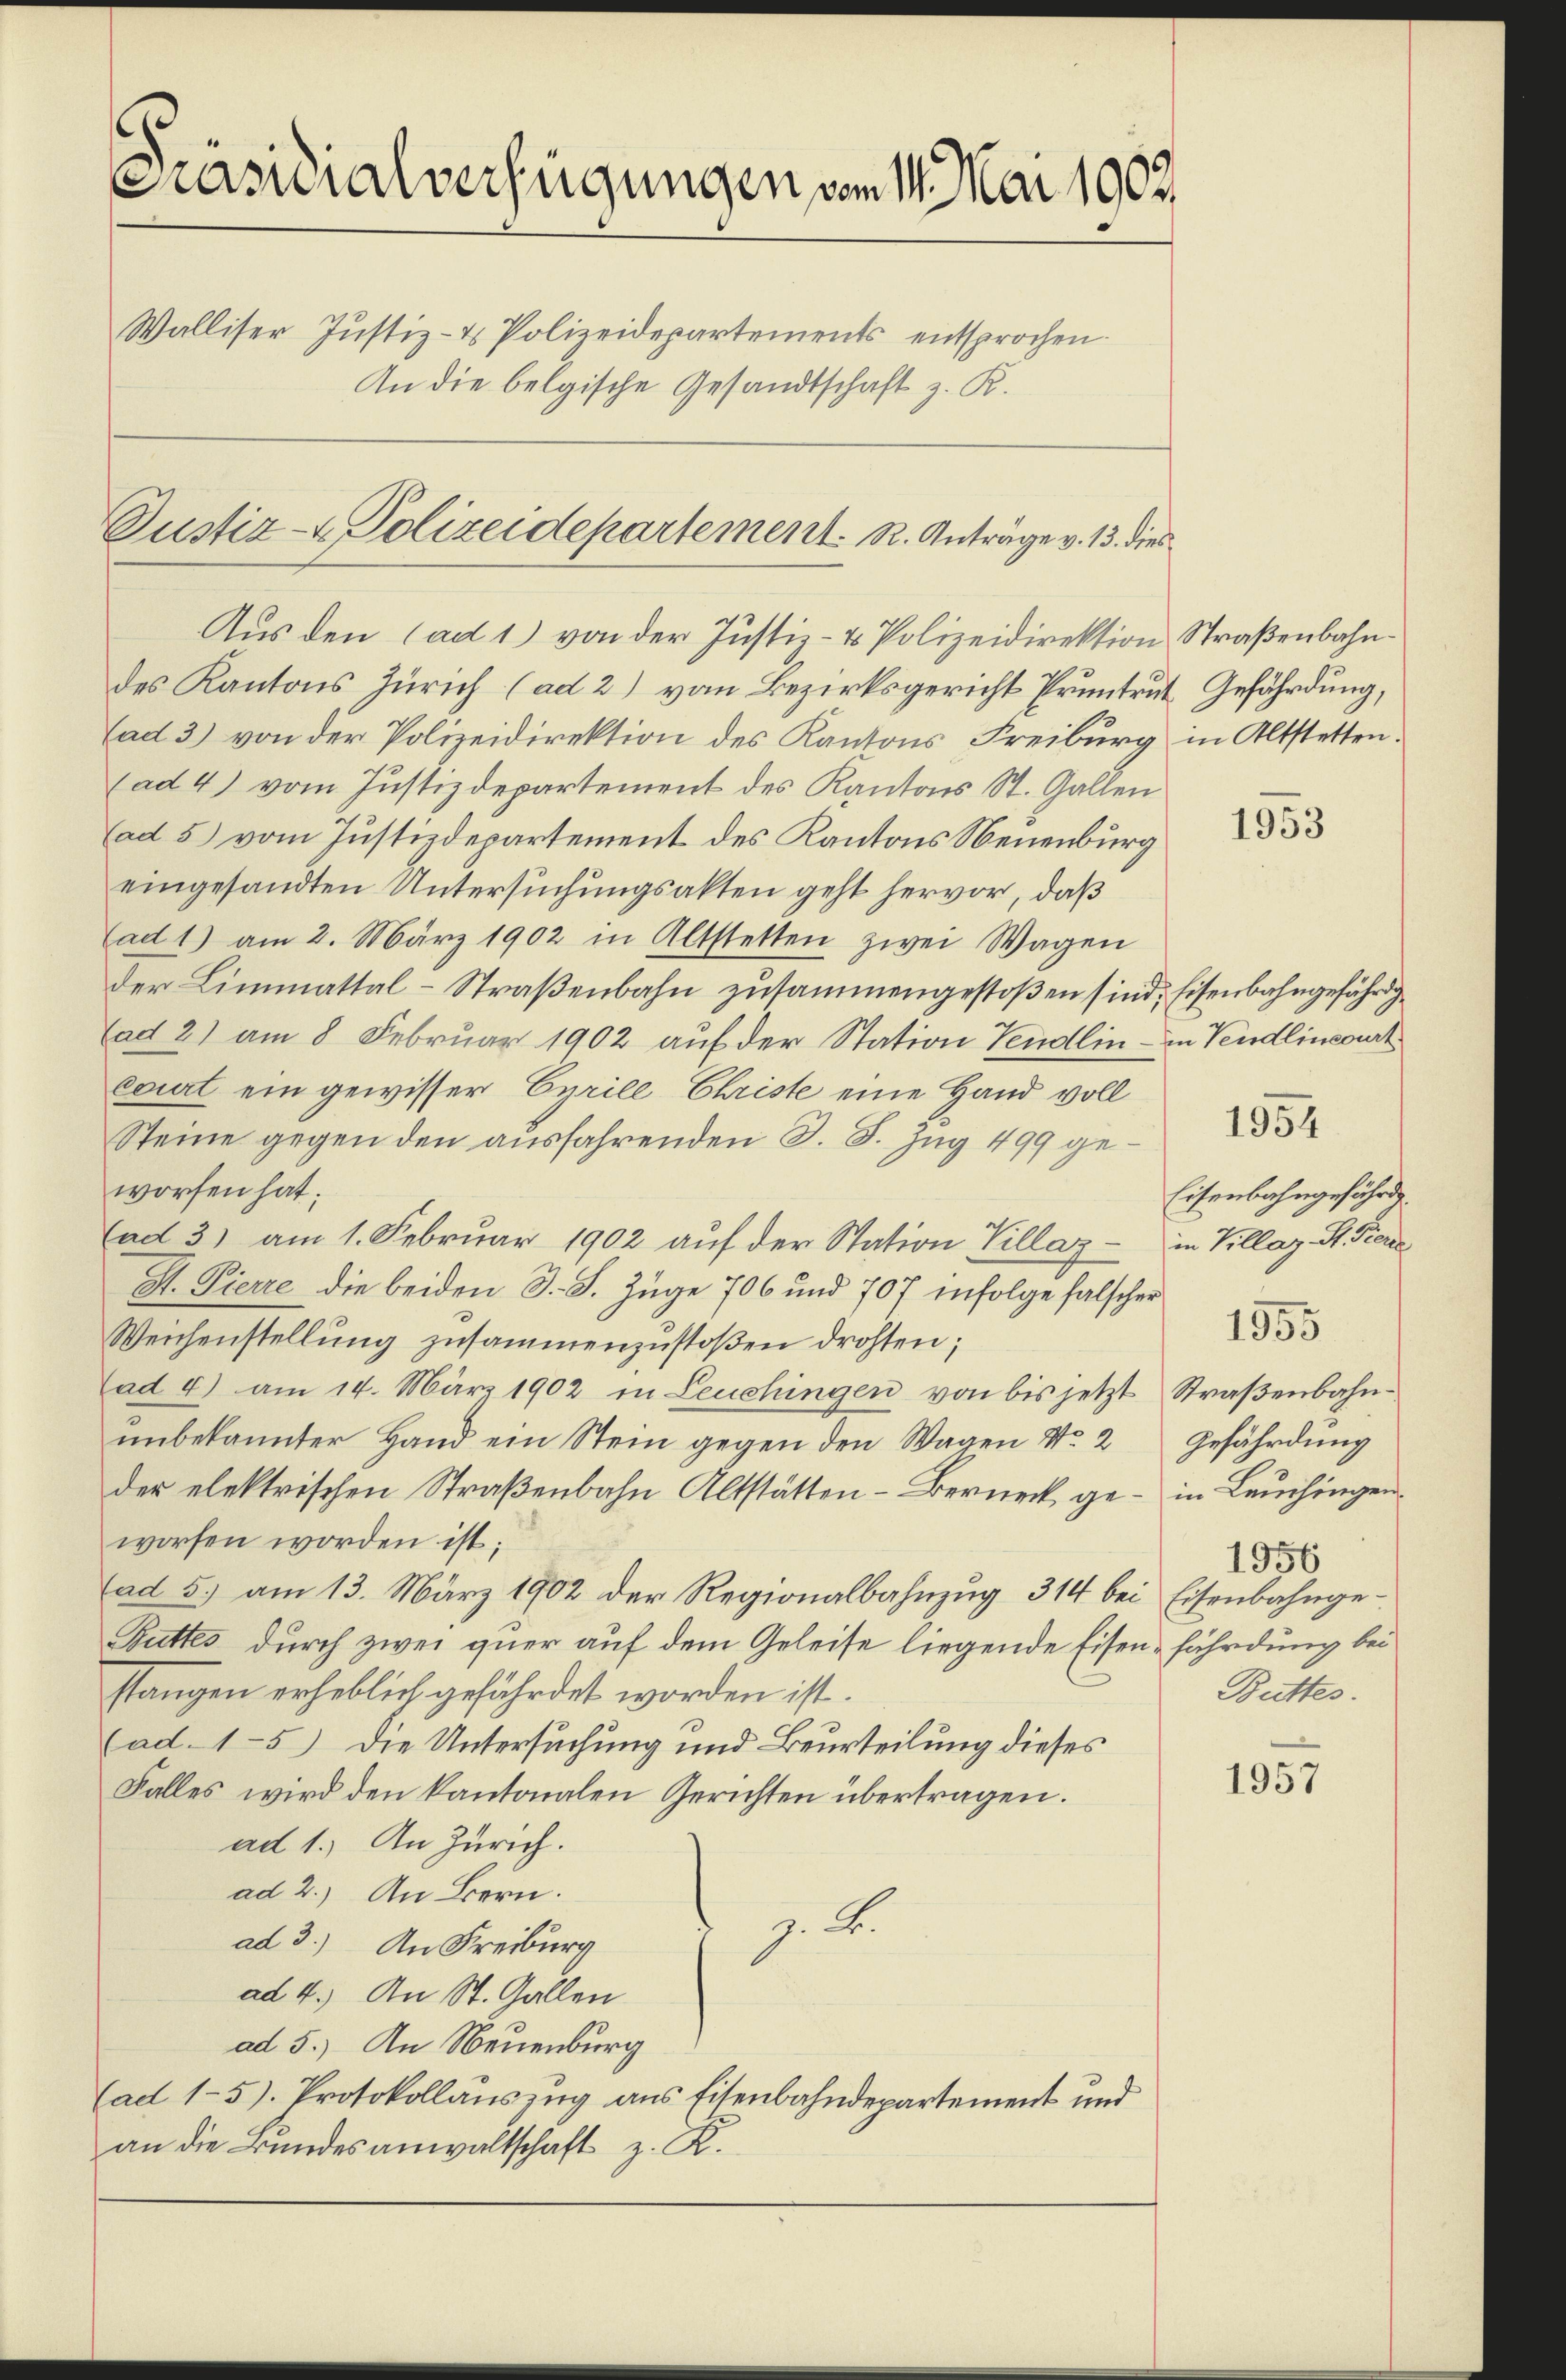
Präsidialverfügungen vom 14. Mai 1902
Walliser Justiz- & Polizeidepartements entsprochen.
An die belgische Gesandtschaft z. K.

Justiz- & Polizeidepartement. R. Anträge v. 13. dies
Aus den (ad 1) von der Justiz- & Polizeidirektion Straßenbahn¬

des Kantons Zürich (ad 2) von Bezirksgericht Pruntrut Gefährdung,
ad 3) von der Polizeidirektion des Kantons Freiburg in Altstetten.
(ad 4) vom Justizdepartement des Kantons St. Gallen
(ad 5) vom Justizdepartement des Kantons Neuenburg
eingesandten Untersuchungsakten geht hervor, daß
(ad 1) am 2. März 1902 in Altstetten zwei Wagen
der Limmattal-Straßenbahn zusammengestoßen sind, Eisenbahngefährdg¬
(ad 2) am 8. Februar 1902 auf der Station Vendlin - in Vendlincourt
court ein gewisser Cyrill Christe eine Hand voll
Steine gegen den ausfahrenden S. S. Zug 499 geworfen hat;
(ad 3) am 1. Februar 1902 aŭf der Station Villaz - in Villaz. S. Fierz
S. Pierre die beiden S. S. Züge 706 und 707 infolge falscher
Weichenstellung zusammenzustoßen drohten;
(ad 4) am 14. März 1902 in Leuchingen von bis jetzt Straβenbahn-
unbekannter Hand ein Stein gegen den Wagen No 2
der elektrischen Straßenbahn Altstätten-Berneck geworfen worden ist;
(ad 5.) am 13. März 1902 der Regionalbahnzug 314 bei Eisenbahnge¬
Buttes durch zwei quer auf dem Geleise liegende Eisen- fährdung bei
stangen erheblich gefährdet worden ist.
(ad.15) Die Untersuchung und Beurteilung dieses
Falles wird den kantonalen Gerichten übertragen.
ad 1.) An Zürich.
ad 2.) An Bern.
z. B.
ad 3.) An Freiburg
ad 4.) An St. Gallen
ad 5.) An Neuenburg
Cad 1–5). Protokollauszug aus Eisenbahndepartement und
an die Bundesanwaltschaft z. K.

1953

1954

Eisenbahngefährd
1955
Gefährdung
in Leuchingen
1956
Buttes.

1957